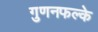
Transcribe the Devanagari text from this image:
गुणनफल्के